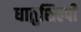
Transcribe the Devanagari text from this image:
धातुशिल्पी